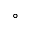
^ \circ